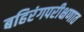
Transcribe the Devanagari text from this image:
बहिरंगपरीक्षणात